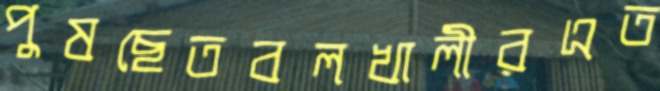
পুষছেতবলখালীরএত